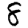
Digit: 8